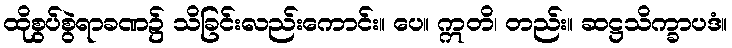
ထိုစွပ်စွဲရာခဏ၌ သိခြင်းလည်းကောင်း။ ပေ။ ဣတိ၊ တည်း။ ဆဋ္ဌသိက္ခာပဒံ။